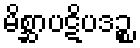
မိစ္ဆာပဋိပဒဉ္စ